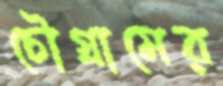
চৌগ্রামের